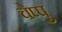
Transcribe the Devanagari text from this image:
चेप्पु